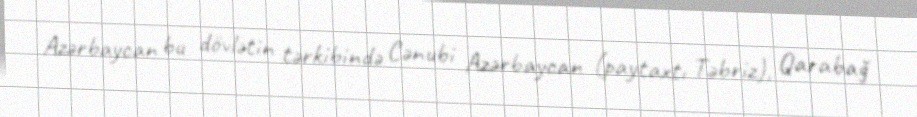
Azərbaycan bu dövlətin tərkibində Cənubi Azərbaycan (paytaxtı Təbriz), Qarabağ